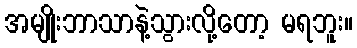
အမျိုးဘာသာနဲ့သွားလို့တော့ မရဘူး။